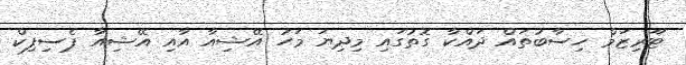
ޓޫރިޒަމް ހިސާބުތައް ދައްކާ ގޮތުގައި މިދިޔަ މަހު އޭޝިއާ އާއި އޭޝިއާ ޕެސިފިކް